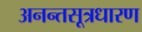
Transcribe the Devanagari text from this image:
अनन्तसूत्रधारण